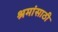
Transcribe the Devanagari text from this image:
श्रमांसाठी